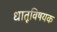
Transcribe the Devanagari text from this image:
धातूविषयक